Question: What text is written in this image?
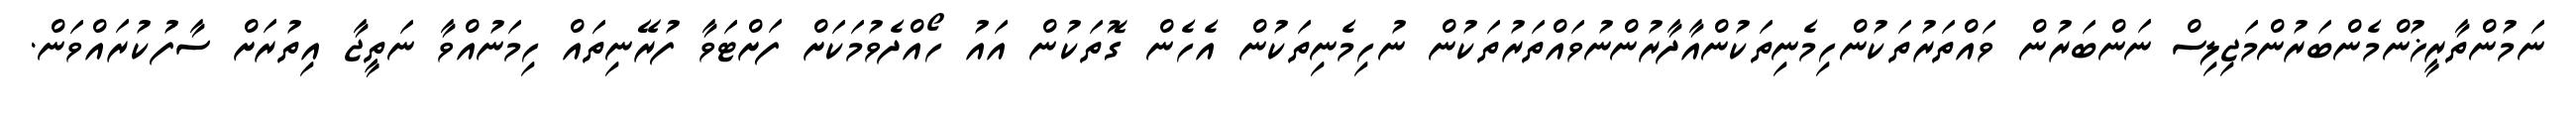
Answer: ނަމުންތާރީޚުންމެންބަރުންމަޖިލިސް ނަންބަރުން ވައްތަރުތަކުންހިމެނިތަކުންއާދާރުންނުވައްތަރުތަކުން ނުހިމެނިތަކުން އެހެން ގޮތަކުން އައު ހޯއްދެވުމަކަށް ފަށްޓަވާ ފުރޭނިތައް ހިމަނުއްވާ ނަތީޖާ އިތުރަށް ސާފުކުރައްވަން.